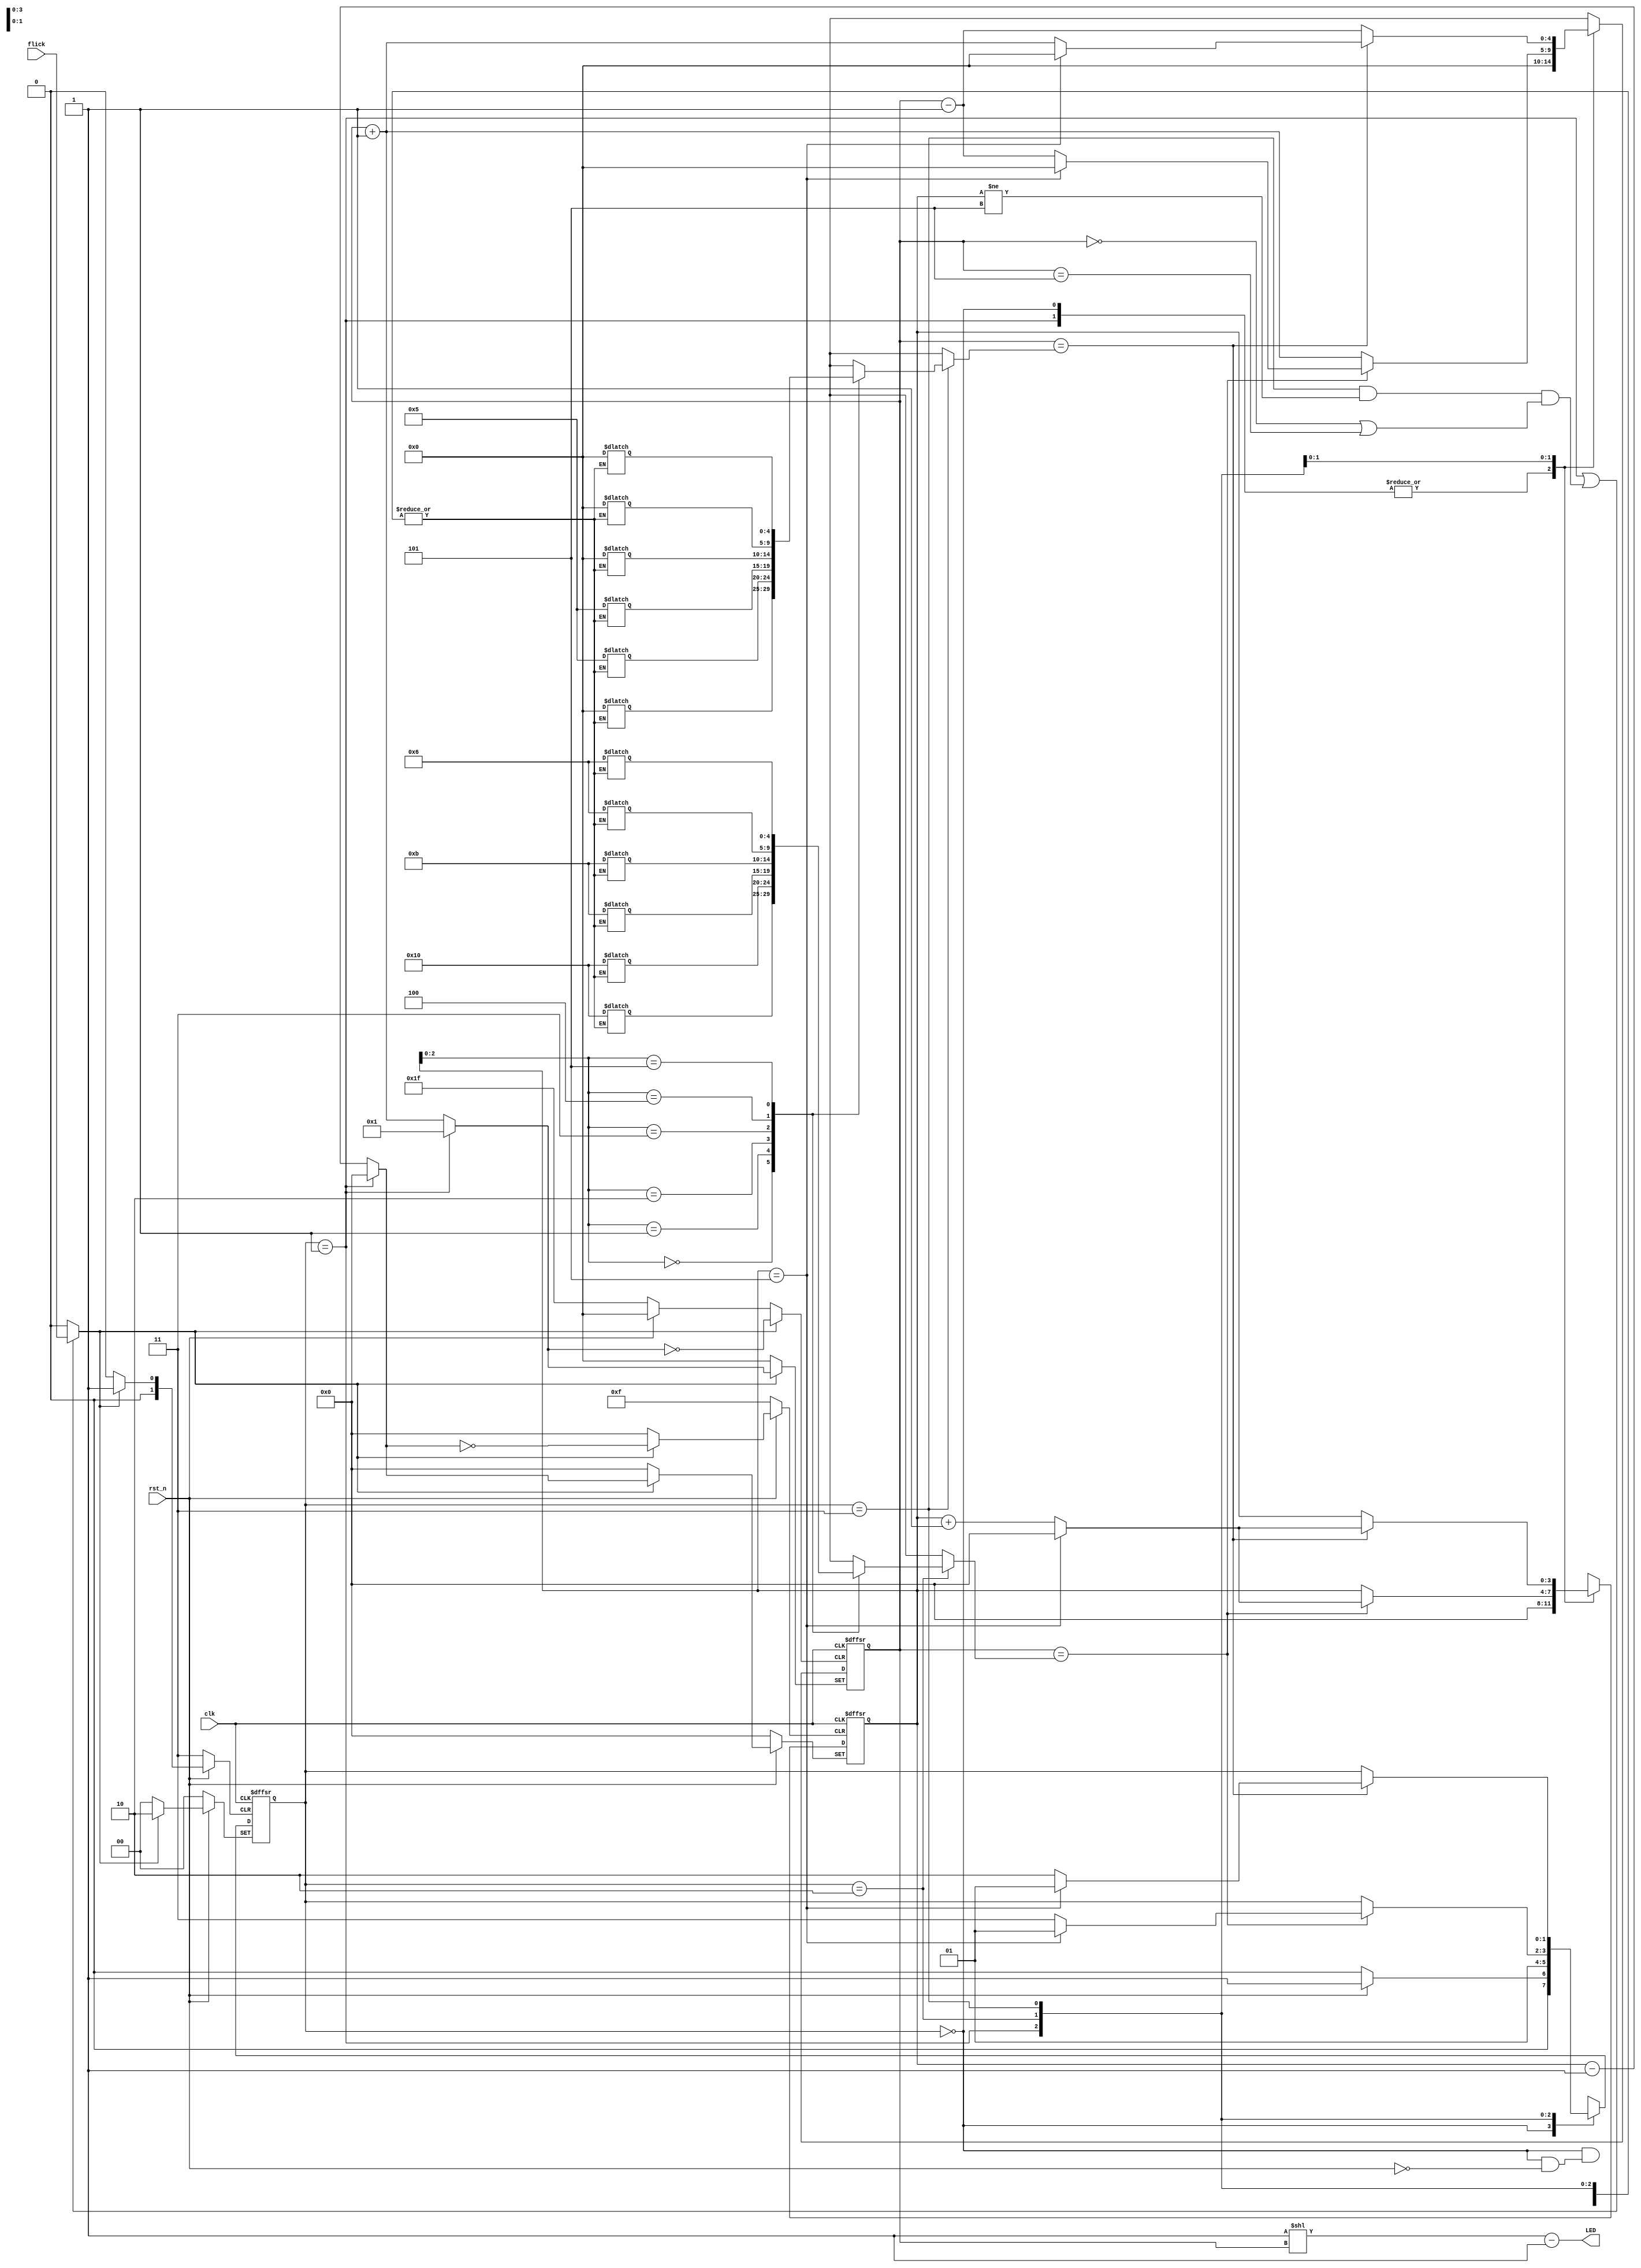
// Code your design here
// module bound_flasher(clk, rst_n, flick, LED_val, state, index, max_value, min_value, LED);
module bound_flasher(clk, rst_n, flick, LED);
    input clk, rst_n, flick;
    output [15:0]LED;

    reg [4:0]LED_val;
    reg [1:0]state;
    reg [3:0]index;
    // wire [4:0]max_value;
    // wire [4:0]min_value;

    // output reg [4:0]LED_val;
    // output reg [1:0]state;
    // output reg [3:0]index;
    // output [4:0]max_value;
    // output [4:0]min_value;

    reg [4:0]max_array[5:0];
    reg [4:0]min_array[5:0];

    reg [4:0]next_LED_val;
    reg [1:0]next_state;
    reg [3:0]next_index;

    wire flick_trigger;
    wire [3:0]flick_index;
    wire [4:0]flick_LED_val;

    

    // MACRO
    parameter STOP = 2'b00, IDLE = 2'b01, UP = 2'b10, DOWN = 2'b11;
    parameter POSITION_LED5 = 5'd5, POSITION_LED0 = 5'd0;
    parameter MAX_STEP = 5;

    // Combinational block - Flick logic
    assign flick_trigger = (state == IDLE || (state == DOWN && index != MAX_STEP && (LED_val == POSITION_LED0 || LED_val == POSITION_LED5))) ? flick : 0;
    // assign flick_index = (state == IDLE) ? 4'd0 : (LED_val == POSITION_LED0 ? index - 4'd2 : index - 4'd1);
    assign flick_index = (state == IDLE) ? 4'd0 : (index - 4'd1);
    // assign flick_LED_val = (state == IDLE) ? 4'd1 : (4'd3);
    assign flick_LED_val = (state == IDLE) ? 5'd1 : (LED_val + 5'd1);

    // assign max_value = max_array[index];
    // assign min_value = min_array[index];

    // Combinational block - Convert LED
    assign LED = (16'd1 << LED_val) - 1;

    // Behavioral block 
    always@(negedge rst_n or posedge clk or posedge flick_trigger) begin
        if (!rst_n) begin
            state   <= STOP;
            LED_val <= 16'd0;
            index   <= 4'd0;
        end
        else if (flick_trigger) begin
            state   <= UP;
            LED_val <= flick_LED_val;
            index   <= flick_index;
        end
        else begin
            state   <= next_state;
            LED_val <= next_LED_val;
            index   <= next_index;
        end
    end

    // Combinational block - FSM
    always@(*)
        case (state)
        STOP:begin
            if (rst_n) begin
                next_state      = IDLE;
                next_LED_val    = 16'd0;
                next_index      = 4'd0;
                max_array[0]    = 5'd16;
                max_array[1]    = 5'd16;
                max_array[2]    = 5'd11;
                max_array[3]    = 5'd11;
                max_array[4]    = 5'd6;
                max_array[5]    = 5'd6; 

                min_array[0]    = 5'd0;
                min_array[1]    = 5'd5;
                min_array[2]    = 5'd5;
                min_array[3]    = 5'd0;
                min_array[4]    = 5'd0;
                min_array[5]    = 5'd0;
            end
            else begin
                next_state  = STOP;
                next_LED_val= 16'd0;
                next_index  = 4'd0;
            end
        end
        IDLE:begin
            next_state  = IDLE;
            next_LED_val= 16'd0;
            next_index  = 4'd0;
        end
        UP:begin
            if (LED_val == max_array[index])
                if (index == MAX_STEP) begin
                    next_state  = IDLE;
                    next_LED_val= 16'd0;
                    next_index  = 4'd0;
                end
                else begin
                    next_state  = DOWN;
                    next_LED_val= LED_val - 1;
                    next_index  = index + 1;
                end
            else begin 
                next_state  = state;
                next_LED_val= LED_val + 1;
		        next_index  = index;
            end
        end
        DOWN:begin
            if (LED_val == min_array[index])
                if (index == MAX_STEP) begin
                    next_state  = IDLE;
                    next_LED_val= 16'd0;
                    next_index  = 4'd0;
                end
                else begin
                    next_state  = UP;
		            next_LED_val= LED_val + 1;
                    next_index  = index + 1;
                end
            else begin 
                next_state  = state;
		        next_LED_val= LED_val - 1;
                next_index  = index;
            end
        end
        endcase

endmodule